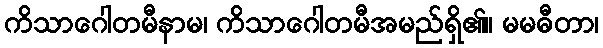
ကိသာဂေါတမီနာမ၊ ကိသာဂေါတမီအမည်ရှိ၏။ မမဓီတာ၊